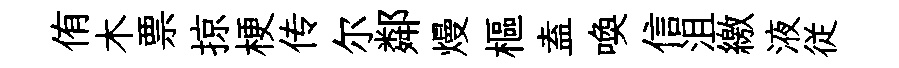
侑木票掠梗传尔鄰熳樞盍喚信沮繳液従